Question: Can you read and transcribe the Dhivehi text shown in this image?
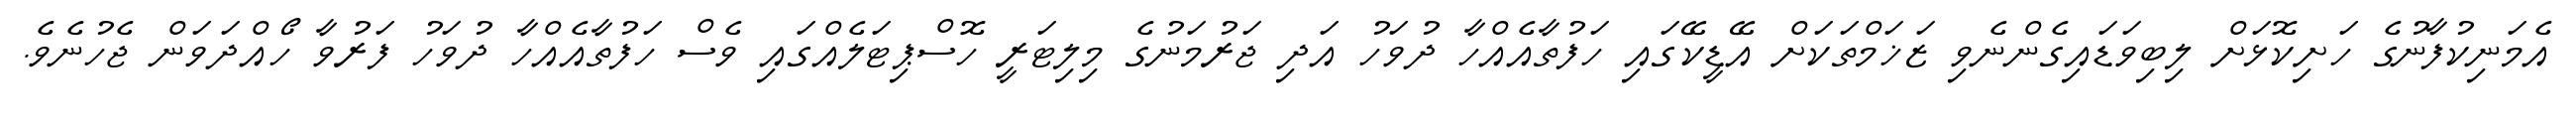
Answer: އެމަނިކުފާނުގެ ހަށިކޮޅަށް ލިބިވަޑައިގެންނެވި ޒަޚަމްތަކަށް އޭޑީކޭގައި ހަފުތާއެއްހާ ދުވަހު އަދި ޖަރުމަނުގެ މިލިޓަރީ ހޮސްޕިޓަލެއްގައި ވެސް ހަފުތާއެއްހާ ދުވަހު ފަރުވާ ހޯއްދަވަން ޖެހުނެވެ.